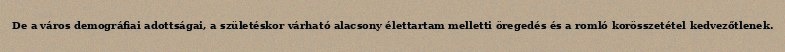
De a város demográfiai adottságai, a születéskor várható alacsony élettartam melletti öregedés és a romló korösszetétel kedvezőtlenek.